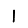
Digit: 1